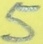
Text: 5